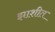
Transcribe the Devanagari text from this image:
झाशीत